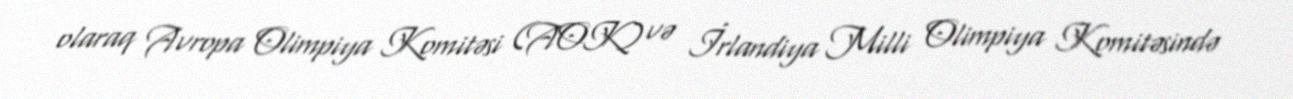
olaraq Avropa Olimpiya Komitəsi (AOK) və İrlandiya Milli Olimpiya Komitəsində